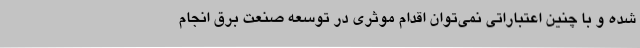
شده و با چنین اعتباراتی نمی‌توان اقدام موثری در توسعه صنعت برق انجام